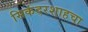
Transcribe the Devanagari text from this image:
सिकंदरशाहचा